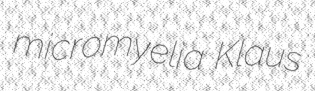
micromyelia Klaus